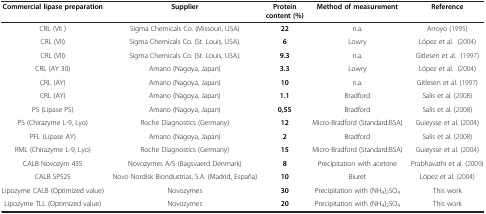
<table><thead><tr><td><b>Commercial lipase preparation</b></td><td><b>Supplier</b></td><td><b>Protein content (%)</b></td><td><b>Method of measurement</b></td><td><b>Reference</b></td></tr></thead><tbody><tr><td>CRL (VII )</td><td>Sigma Chemicals Co. (Missouri, USA)</td><td><b>22</b></td><td>n.a.</td><td>Arroyo (1995)</td></tr><tr><td>CRL (VII)</td><td>Sigma Chemicals Co. (St. Louis, USA).</td><td><b>6</b></td><td>Lowry</td><td>López et al. (2004)</td></tr><tr><td>CRL (VII)</td><td>Sigma Chemicals Co. (St. Louis, USA).</td><td><b>9.3</b></td><td>n.a.</td><td>Gitlesen et al. (1997)</td></tr><tr><td>CRL (AY 30)</td><td>Amano (Nagoya, Japan)</td><td><b>3.3</b></td><td>Lowry</td><td>López et al. (2004)</td></tr><tr><td>CRL (AY)</td><td>Amano (Nagoya, Japan)</td><td><b>10</b></td><td>n.a.</td><td>Gitlesen et al. (1997)</td></tr><tr><td>CRL (AY)</td><td>Amano (Nagoya, Japan)</td><td><b>1.1</b></td><td>Bradford</td><td>Salis et al. (2008)</td></tr><tr><td>PS (Lipase PS)</td><td>Amano (Nagoya, Japan)</td><td><b>0,55</b></td><td>Bradford</td><td>Salis et al. (2008)</td></tr><tr><td>PS (Chirazyme L-9, Lyo)</td><td>Roche Diagnostics (Germany)</td><td><b>12</b></td><td>Micro-Bradford (Standard:BSA)</td><td>Guieysse et al. (2004)</td></tr><tr><td>PFL (Lipase AY)</td><td>Amano (Nagoya, Japan)</td><td><b>2</b></td><td>Bradford</td><td>Salis et al. (2008)</td></tr><tr><td>RML (Chirazyme L-9, Lyo)</td><td>Roche Diagnostics (Germany)</td><td><b>15</b></td><td>Micro-Bradford (Standard:BSA)</td><td>Guieysse et al. (2004)</td></tr><tr><td>CALB Novozym 435</td><td>Novozymes A/S (Bagsvaerd Denmark)</td><td><b>8</b></td><td>Precipitation with acetone</td><td>Prabhavathi et al. (2009)</td></tr><tr><td>CALB SP525</td><td>Novo Nordisk Biondustrias, S.A. (Madrid, España)</td><td><b>10</b></td><td>Biuret</td><td>López et al. (2004)</td></tr><tr><td>Lipozyme CALB (Optimized value)</td><td>Novozymes</td><td><b>30</b></td><td>Precipitation with (NH<sub>4</sub>)<sub>2</sub>SO<sub>4</sub></td><td>This work</td></tr><tr><td>Lipozyme TLL (Optimized value)</td><td>Novozymes</td><td><b>20</b></td><td>Precipitation with (NH<sub>4</sub>)<sub>2</sub>SO<sub>4</sub></td><td>This work</td></tr></tbody></table>